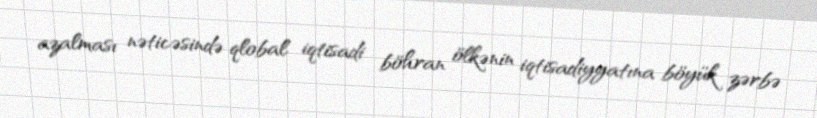
azalması nəticəsində qlobal iqtisadi böhran ölkənin iqtisadiyyatına böyük zərbə